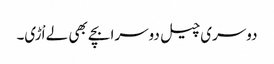
دوسری چیل دوسرا بچے بھی لے اْڑی۔